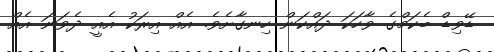
ޑޭވިޑް ބެކަމްގެ ވާހަކަ ދައްކަން ހިނގާށެވެ. އެއް އިރަކު އެއީ ދެވަނަ އެއް